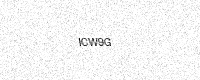
Text: ICW9G